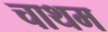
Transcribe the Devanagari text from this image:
चाथम